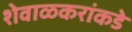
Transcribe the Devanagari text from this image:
शेवाळकरांकडे